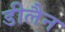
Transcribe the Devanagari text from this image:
डीलैन